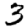
Digit: 3